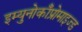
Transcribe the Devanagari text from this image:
इम्युनोकाँप्रोमाइज्ड